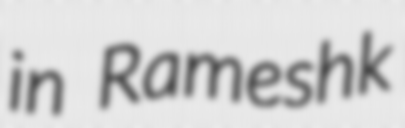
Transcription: in Rameshk